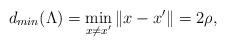
LaTeX: \begin{align*}d_{min}(\Lambda)=\min_{x \ne x'} \| x-x'\|=2\rho,\end{align*}